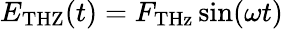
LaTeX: E_{\mathrm{THZ}}(t)=F_{\mathrm{THz}}\sin(\omega t)